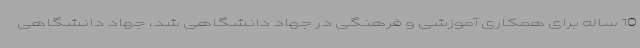
10 ساله برای همکاری آموزشی و فرهنگی در جهاد دانشگاهی شد، جهاد دانشگاهی